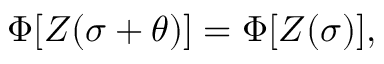
\Phi [ Z ( \sigma + \theta ) ] = \Phi [ Z ( \sigma ) ] ,